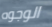
الوجوه